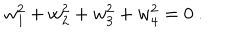
w _ { 1 } ^ { 2 } + w _ { 2 } ^ { 2 } + w _ { 3 } ^ { 2 } + w _ { 4 } ^ { 2 } = 0 \ .